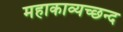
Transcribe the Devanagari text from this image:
महाकाव्यच्छन्द